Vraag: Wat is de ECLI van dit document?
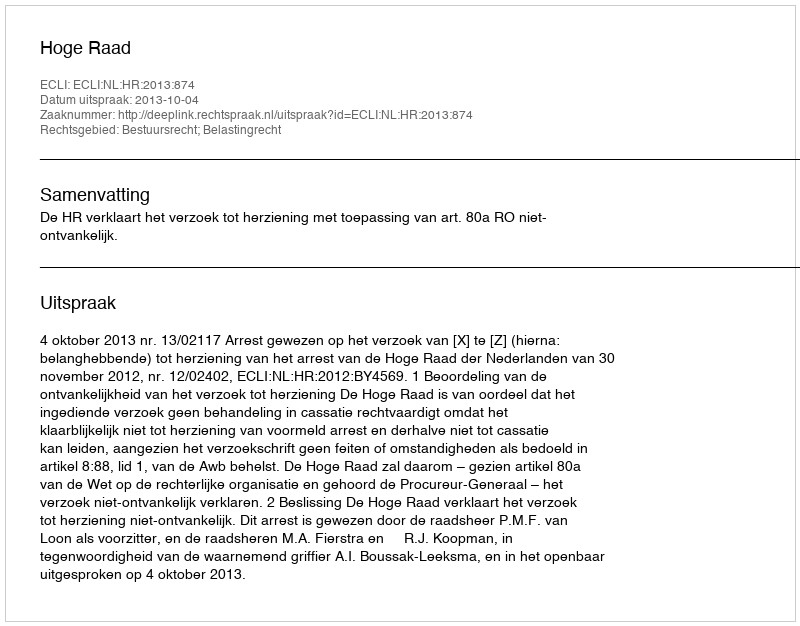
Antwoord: ECLI:NL:HR:2013:874